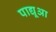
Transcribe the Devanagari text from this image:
पाद्यूआ